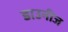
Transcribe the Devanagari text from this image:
डाउनीज